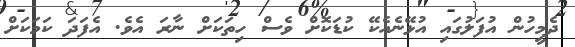
ދެމީހުން އުފަލުގައި އުޅޭނެއެކޭ ކުޑަކޮށް ވެސް ހިތަކަށް ނާރަ އެވެ. އެފަދަ ކަމަކަށް